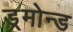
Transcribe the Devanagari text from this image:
ड्रमोन्ड